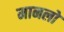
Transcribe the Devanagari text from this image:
मानलो